Bombay plague: being a history of the progress of plague in the Bombay presidency from September 1896 to June 1899
Year: 1896
Disease focus: Plague
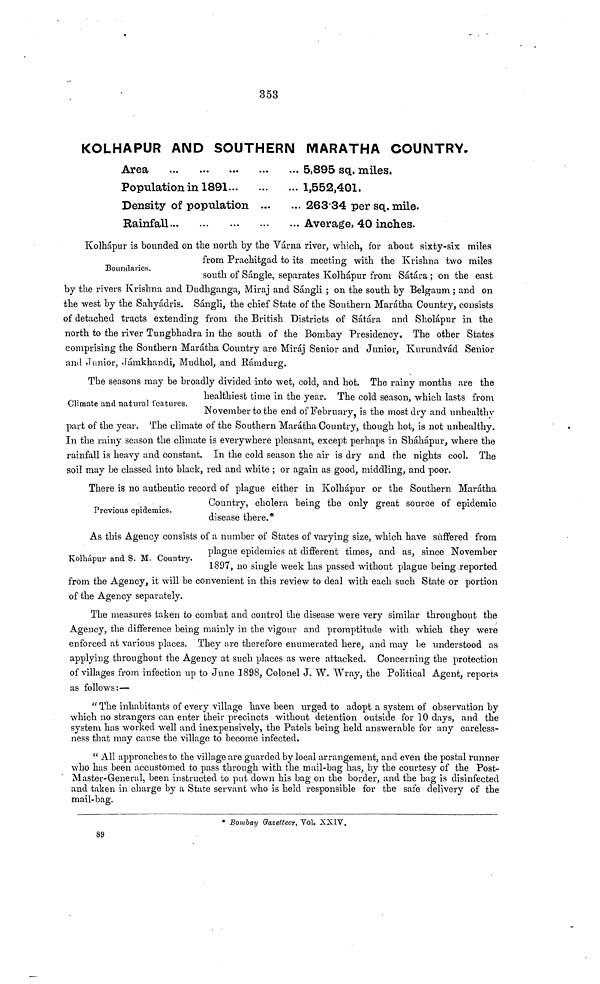
353
KOLHAPUR AND SOUTHERN MARATHA COUNTRY,
Area
Population in 1891
Density of population
Rainfall
5,895 sq. miles.
1,552,401.
263 34 per sq. mile.
Average, 40 inches.
Boundaries.
Kolhápur is bounded on the north by the Várna river, which, for about sixty-six miles
from Prachitgad to its meeting with the Krishna two miles
south of Sángle, separates Kolhápur from Sátára ; on the east
by the rivers Krishna and Dudhganga, Miraj and Sángli ; on the south by Belgaum ; and on
the west by the Sahyádris. Sángli, the chief State of the Southern Marátha Country, consists
of detached tracts extending from the British Districts of Sátára and Sholápur in the
north to the river Tungbhadra in the south of the Bombay Presidency. The other States
comprising the Southern Marátha Country are Miraj Senior and Junior, Kurundvád Senior
and Junior, Jámkhandi, Mudhol, and Rámdurg.
Climate and natural features.
The seasons may be broadly divided into wet, cold, and hot. The rainy months are the
healthiest time in the year. The cold season, which lasts from
November to the end of February, is the most dry and unhealthy
part of the year. The climate of the Southern Marátha Country, though hot, is not unhealthy.
In the rainy season the climate is everywhere pleasant, except perhaps in Sháhápur, where the
rainfall is heavy and constant. In the cold season the air is dry and the nights cool. The
soil may be classed into black, red and white ; or again as good, middling, and poor.
Previous epidemics.
There is no authentic record of plague either in Kolhápur or the Southern Marátha
Country, cholera being the only great source of epidemic
disease there.*
Kolhápur and S. M. Country.
As this Agency consists of a number of States of varying size, which have suffered from
plague epidemics at different times, and as, since November
1897, no single week has passed without plague being reported
from the Agency, it will be convenient in this review to deal with each such State or portion
of the Agency separately.
The measures taken to combat and control the disease were very similar throughout the
Agency, the difference being mainly in the vigour and promptitude with which they were
enforced at various places. They are therefore enumerated here, and may be understood as
applying throughout the Agency at such places as were attacked. Concerning the protection
of villages from infection up to June 1898, Colonel J. W. Wray, the Political Agent, reports
as follows:—
" The inhabitants of every village have been urged to adopt a system of observation by
which no strangers can enter their precincts without detention outside for 10 days, and the
system has worked well and inexpensively, the Patels being held answerable for any careless-
ness that may cause the village to become infected.
" All approaches to the village are guarded by local arrangement, and even the postal runner
who has been accustomed to pass through with the mail-bag has, by the courtesy of the Post-
Master-General, been instructed to put down his bag on the border, and the bag is disinfected
and taken in charge by a State servant who is held responsible for the safe delivery of the
mail-bag.
* Bombay Gazetteer, Vol. XXIV,
89